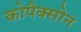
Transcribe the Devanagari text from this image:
कोपैक्सोन